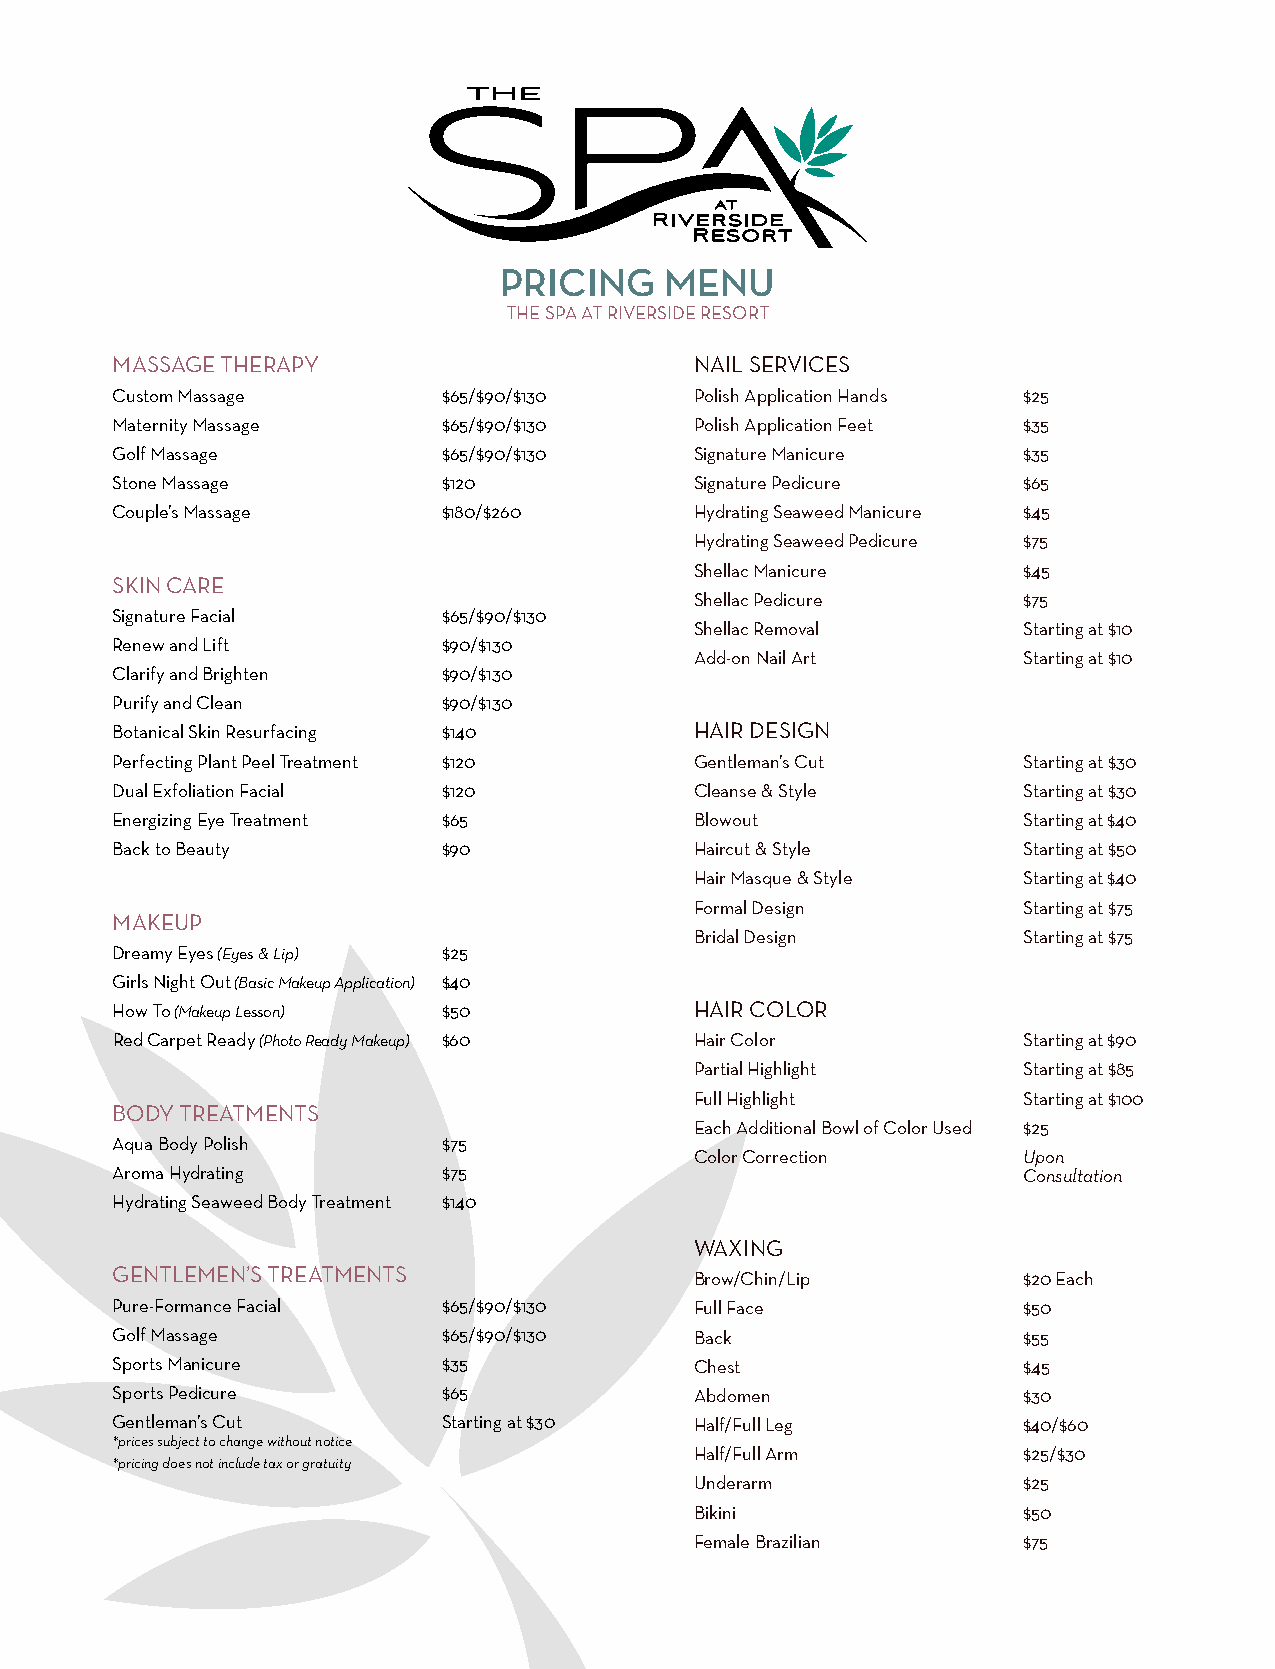
PRICING    MENU
 THE SPA AT RIVERSIDE RESORT
 MASSAGE THERAPY                        NAIL SERVICES
 Custom Massage        $65/$90/$130     Polish Application Hands $25
 Maternity Massage     $65/$90/$130     Polish Application Feet $35
 Golf Massage          $65/$90/$130     Signature Manicure    $35
 Stone Massage         $120             Signature Pedicure    $65
 Couple’s Massage      $180/$260        Hydrating Seaweed Manicure $45
 Hydrating Seaweed Pedicure $75
 Shellac Manicure      $45
 SKIN CARE
 Shellac Pedicure      $75
 Signature Facial      $65/$90/$130
 Shellac Removal       Starting at $10
 Renew and Lift        $90/$130
 Add-on Nail Art       Starting at $10
 Clarify and Brighten  $90/$130
 Purify and Clean      $90/$130
 Botanical Skin Resurfacing $140        HAIR DESIGN
 Perfecting Plant Peel Treatment $120   Gentleman’s Cut       Starting at $30
 Dual Exfoliation Facial $120           Cleanse & Style       Starting at $30
 Energizing Eye Treatment $65           Blowout               Starting at $40
 Back to Beauty        $90              Haircut & Style       Starting at $50
 Hair Masque & Style   Starting at $40
 Formal Design         Starting at $75
 MAKEUP
 Bridal Design         Starting at $75
 Dreamy Eyes (Eyes & Lip) $25
 Girls Night Out (Basic Makeup Application) $40
 How To (Makeup Lesson) $50             HAIR COLOR
 Red Carpet Ready (Photo Ready Makeup) $60 Hair Color         Starting at $90
 Partial Highlight     Starting at $85
 Full Highlight        Starting at $100
 BODY TREATMENTS
 Each Additional Bowl of Color Used $25
 Aqua Body Polish      $75
 Color Correction      Upon
 Aroma Hydrating       $75                                    Consultation
 Hydrating Seaweed Body Treatment $140
 WAXING
 GENTLEMEN’S TREATMENTS                 Brow/Chin/Lip         $20 Each
 Pure-Formance Facial  $65/$90/$130     Full Face             $50
 Golf Massage          $65/$90/$130     Back                  $55
 Sports Manicure       $35              Chest                 $45
 Sports Pedicure       $65              Abdomen               $30
 Gentleman’s Cut       Starting at $30  Half/Full Leg         $40/$60
 *prices subject to change without notice
 Half/Full Arm         $25/$30
 *pricing does not include tax or gratuity
 Underarm              $25
 Bikini                $50
 Female Brazilian      $75